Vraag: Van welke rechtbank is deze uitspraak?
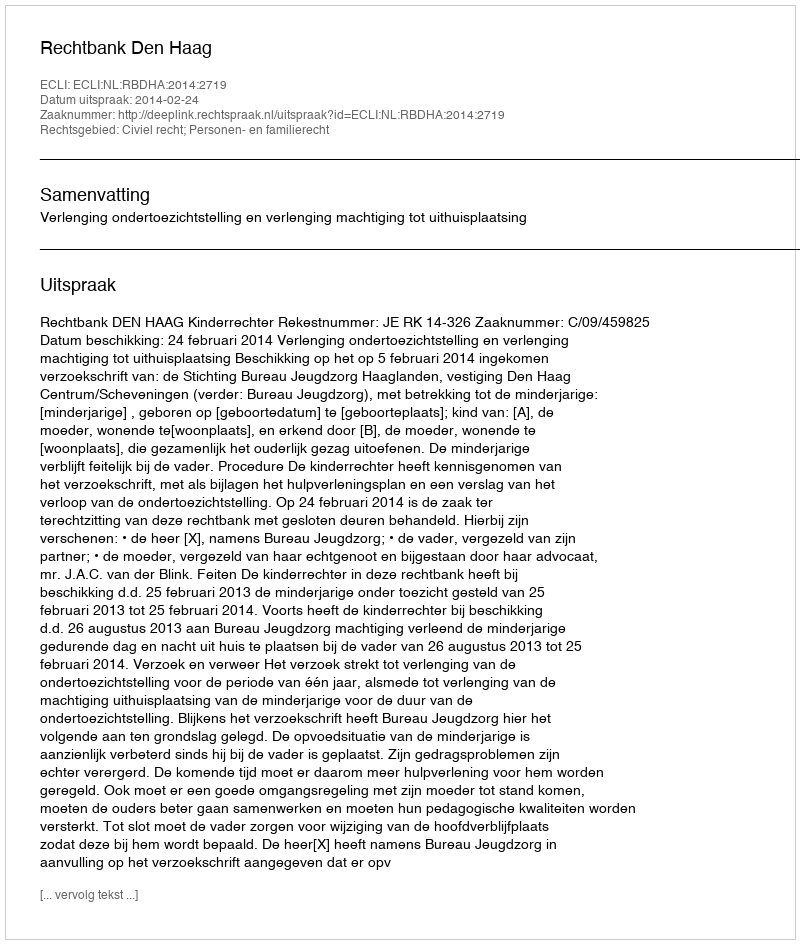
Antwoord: Rechtbank Den Haag